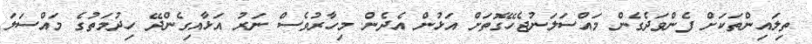
ތިލައިންތަކަށް ފެންވަދެގެން މައްސަލަނުޖެހޭގޮތަށް އަޅުން އެދެން. މިހާރުވެސް ނަރު އަޅާއިގެންދޭ ހިދުމަތުގެ މައްސަލަ